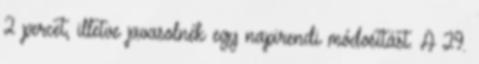
2 percet, illetve javasolnék egy napirendi módosítást. A 29.